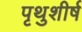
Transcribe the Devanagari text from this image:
पृथुशीर्ष